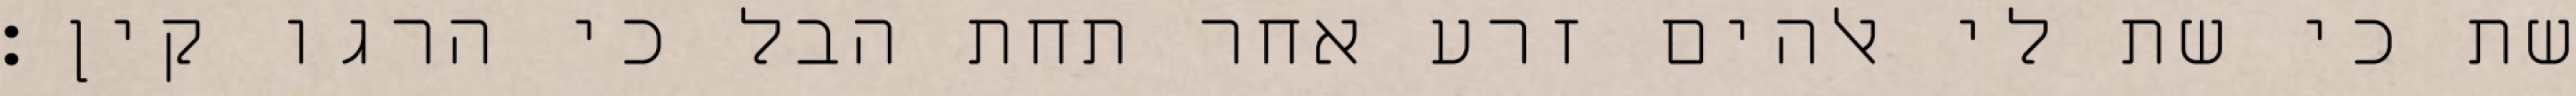
שת כי שת לי אלהים זרע אחר תחת הבל כי הרגו קין׃